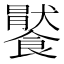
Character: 𩞹